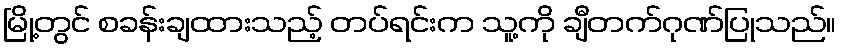
မြို့တွင် စခန်းချထားသည့် တပ်ရင်းက သူ့ကို ချီတက်ဂုဏ်ပြုသည်။